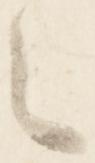
々